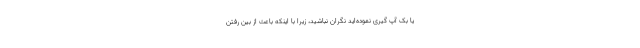
یا بک آپ گیری نموده‌اید نگران نباشید، زیرا با اینکه باعث از بین رفتن